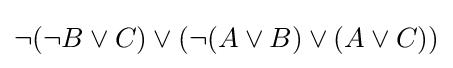
\neg (\neg B\lor C)\lor (\neg (A\lor B)\lor (A\lor C))